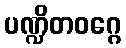
ပဏ္ဍိတဝဂ္ဂေ